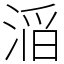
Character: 㴞